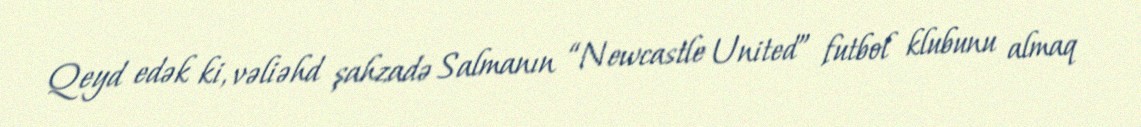
Qeyd edək ki, vəliəhd şahzadə Salmanın “Newcastle United” futbol klubunu almaq